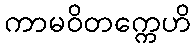
ကာမဝိတက္ကေဟိ